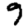
Digit: 9